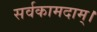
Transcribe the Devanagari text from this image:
सर्वकामदाम्‌।